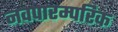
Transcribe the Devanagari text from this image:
नवपारम्परिक